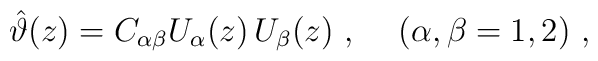
\hat \vartheta(z) = C_{\alpha\beta} U_\alpha(z)\, U_\beta(z)~,\hskip 0.5cm(\alpha,\beta=1,2)\ ,